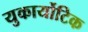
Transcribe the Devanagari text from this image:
युकार्योटिक